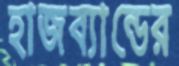
হাজব্যান্ডের